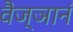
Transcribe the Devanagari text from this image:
वैज्ञानं